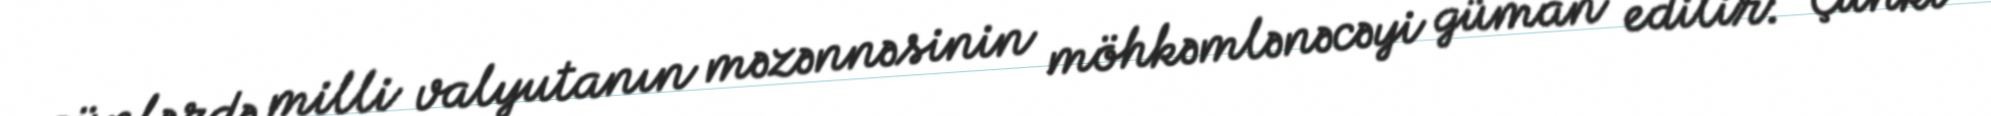
günlərdə milli valyutanın məzənnəsinin möhkəmlənəcəyi güman edilir: “Çünki